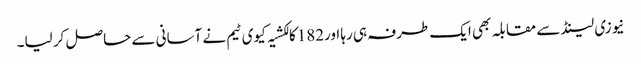
نیوزی لینڈ سے مقابلہ بھی ایک طرفہ ہی رہا اور182کا لکشیہ کیوی ٹیم نے آسانی سے حاصل کر لیا۔